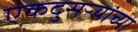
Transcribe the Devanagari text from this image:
एकदुसऱ्यांच्या